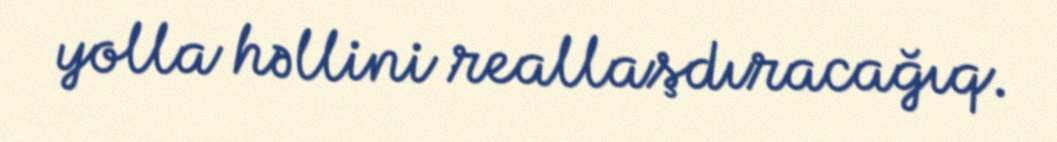
yolla həllini reallaşdıracağıq.